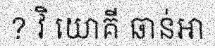
? វិ យោគី ឆាន់ឤ